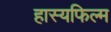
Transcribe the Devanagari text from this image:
हास्यफिल्म